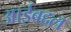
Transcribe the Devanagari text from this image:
आईबद्दल